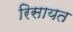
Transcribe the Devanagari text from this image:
रिसायत